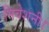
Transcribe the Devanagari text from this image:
निवेशनी।